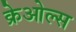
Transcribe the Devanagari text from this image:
क्रेओल्स